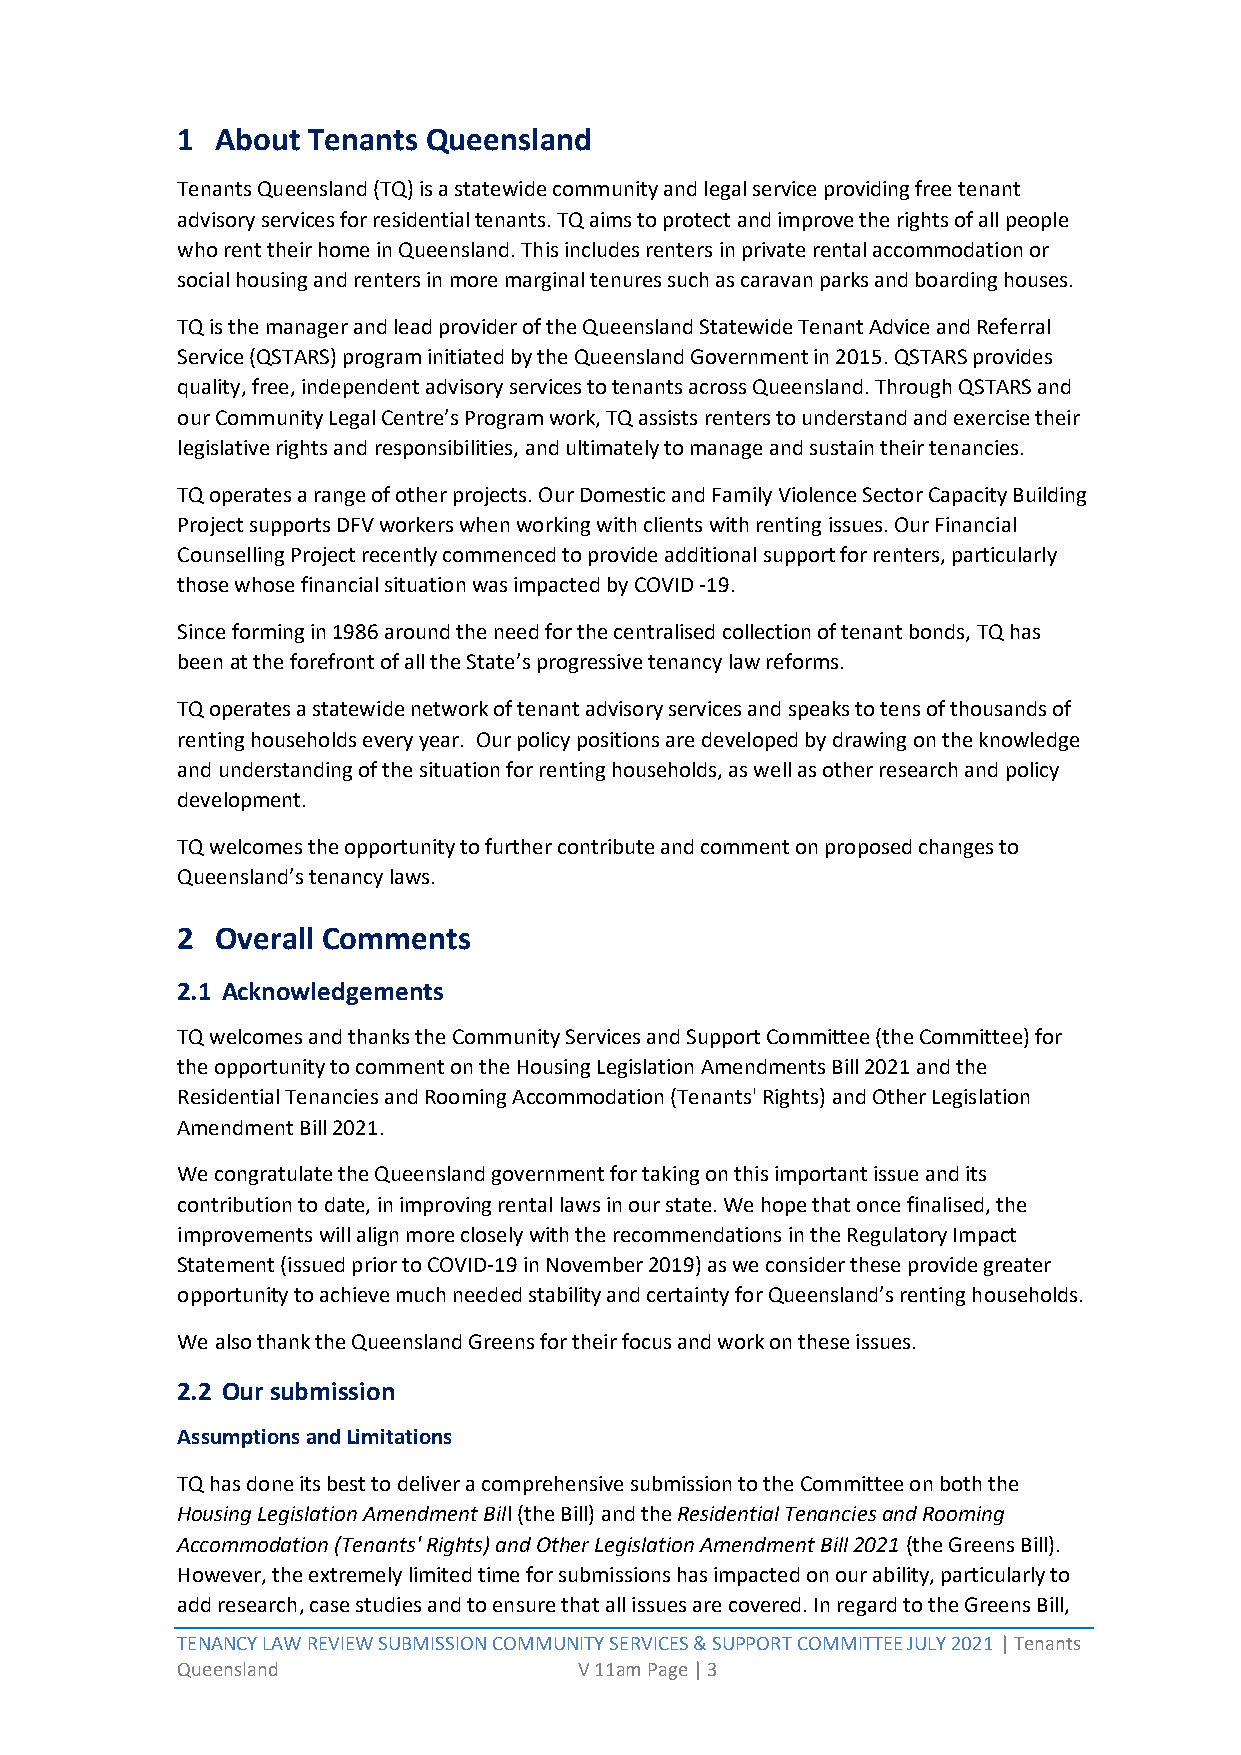
1 About Tenants Queensland
 Tenants Queensland (TQ) is a statewide community and legal service providing free tenant
 advisory services for residential tenants. TQ aims to protect and improve the rights of all people
 who rent their home in Queensland. This includes renters in private rental accommodation or
 social housing and renters in more marginal tenures such as caravan parks and boarding houses.
 TQ is the manager and lead provider of the Queensland Statewide Tenant Advice and Referral
 Service (QSTARS) program initiated by the Queensland Government in 2015. QSTARS provides
 quality, free, independent advisory services to tenants across Queensland. Through QSTARS and
 our Community Legal Centre’s Program work, TQ assists renters to understand and exercise their
 legislative rights and responsibilities, and ultimately to manage and sustain their tenancies.
 TQ operates a range of other projects. Our Domestic and Family Violence Sector Capacity Building
 Project supports DFV workers when working with clients with renting issues. Our Financial
 Counselling Project recently commenced to provide additional support for renters, particularly
 those whose financial situation was impacted by COVID -19.
 Since forming in 1986 around the need for the centralised collection of tenant bonds, TQ has
 been at the forefront of all the State’s progressive tenancy law reforms.
 TQ operates a statewide network of tenant advisory services and speaks to tens of thousands of
 renting households every year. Our policy positions are developed by drawing on the knowledge
 and understanding of the situation for renting households, as well as other research and policy
 development.
 TQ welcomes the opportunity to further contribute and comment on proposed changes to
 Queensland’s tenancy laws.
 2 Overall Comments
 2.1 Acknowledgements
 TQ welcomes and thanks the Community Services and Support Committee (the Committee) for
 the opportunity to comment on the Housing Legislation Amendments Bill 2021 and the
 Residential Tenancies and Rooming Accommodation (Tenants' Rights) and Other Legislation
 Amendment Bill 2021.
 We congratulate the Queensland government for taking on this important issue and its
 contribution to date, in improving rental laws in our state. We hope that once finalised, the
 improvements will align more closely with the recommendations in the Regulatory Impact
 Statement (issued prior to COVID-19 in November 2019) as we consider these provide greater
 opportunity to achieve much needed stability and certainty for Queensland’s renting households.
 We also thank the Queensland Greens for their focus and work on these issues.
 2.2 Our submission
 Assumptions and Limitations
 TQ has done its best to deliver a comprehensive submission to the Committee on both the
 Housing Legislation Amendment Bill (the Bill) and the Residential Tenancies and Rooming
 Accommodation (Tenants' Rights) and Other Legislation Amendment Bill 2021 (the Greens Bill).
 However, the extremely limited time for submissions has impacted on our ability, particularly to
 add research, case studies and to ensure that all issues are covered. In regard to the Greens Bill,
 TENANCY LAW REVIEW SUBMISSION COMMUNITY SERVICES & SUPPORT COMMITTEE JULY 2021 | Tenants
 Queensland                V 11am Page | 3